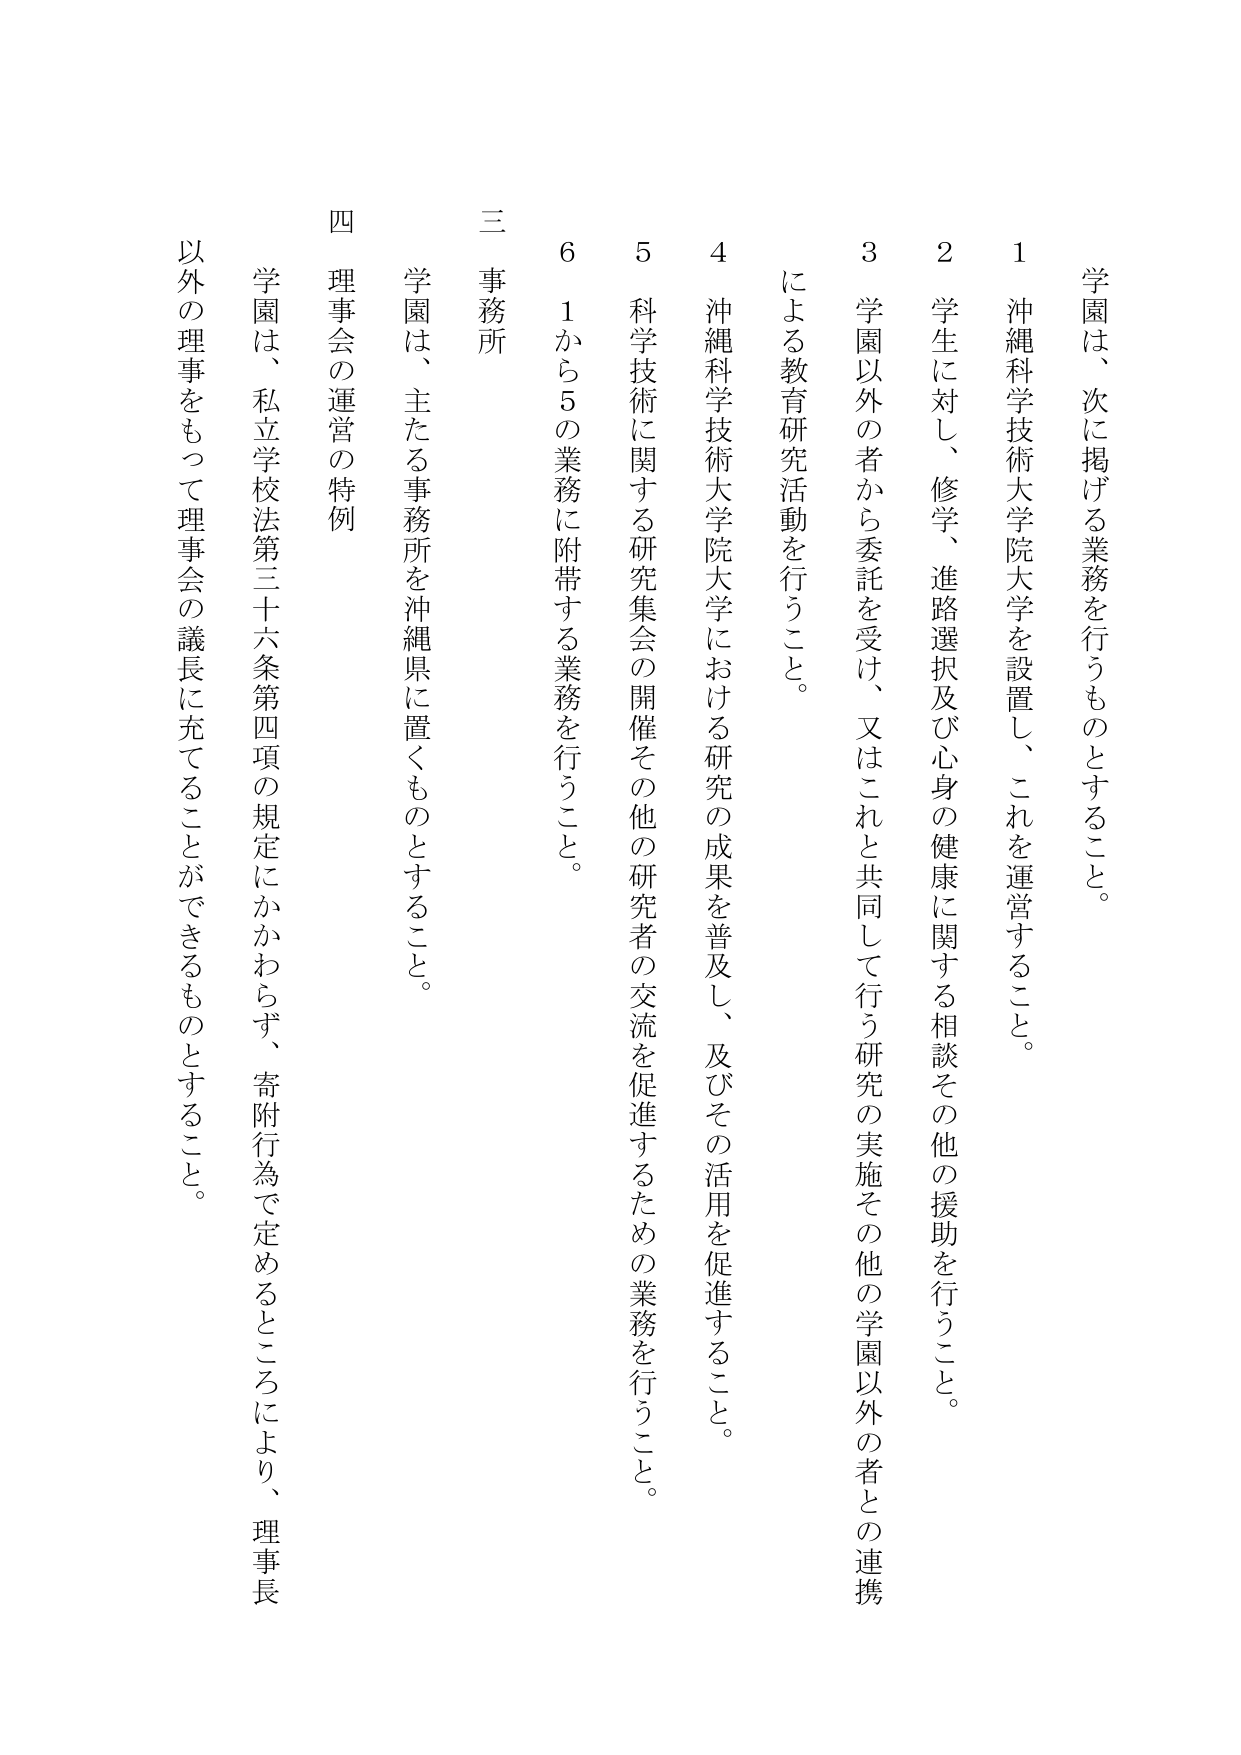
学園は、次に掲げる業務を行うものとすること。

1 沖縄科学技術大学院大学を設置し、これを運営すること。

2 学生に対し、修学、進路選択及び心身の健康に関する相談その他の援助を行うこと。

3 学園以外の者から委託を受け、又はこれと共同して行う研究の実施その他の学園以外の者との連携による教育研究活動を行うこと。

4 沖縄科学技術大学院大学における研究の成果を普及し、及びその活用を促進すること。

5 科学技術に関する研究集会の開催その他研究者の交流を促進するための業務を行うこと。

6 1から5の業務に附帯する業務を行うこと。

三 事務所

学園は、主たる事務所を沖縄県に置くものとすること。

四 理事会の運営の特例

学園は、私立学校法第三十六条第四項の規定にかかわらず、寄附行為で定めるところにより、理事長以外の理事をもって理事会の議長に充てることができるものとすること。